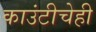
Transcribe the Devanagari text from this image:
काउंटीचेही